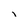
Character: i